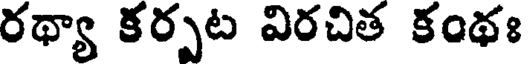
రథ్యా కర్పట విరచిత కంథః